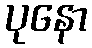
ပုနော